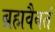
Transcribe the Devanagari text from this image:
ब्रह्मवैवतं